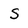
Character: S